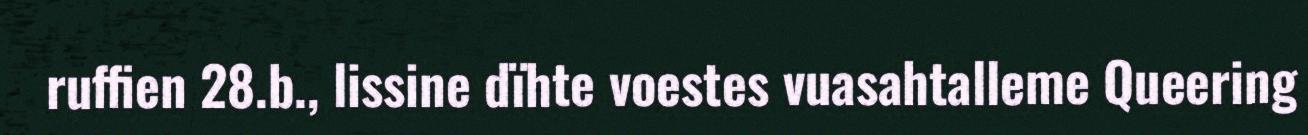
ruffien 28.b., lissine dïhte voestes vuasahtalleme Queering